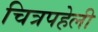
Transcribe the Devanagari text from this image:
चित्रपहेली